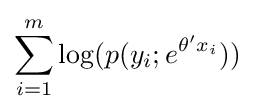
\sum _{i=1}^{m}\log(p(y_{i};e^{\theta 'x_{i}}))